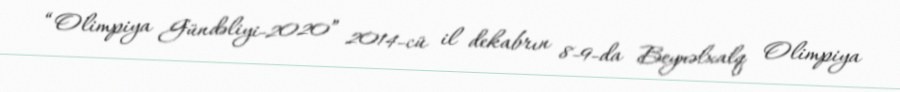
“Olimpiya Gündəliyi-2020” 2014-cü il dekabrın 8-9-da Beynəlxalq Olimpiya